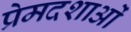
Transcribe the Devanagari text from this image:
प्रेमदशाओं